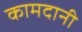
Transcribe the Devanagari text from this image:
कामदानी